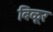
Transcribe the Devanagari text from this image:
बिळूर